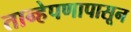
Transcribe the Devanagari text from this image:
तान्हेपणापासून